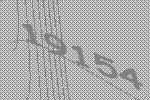
19154